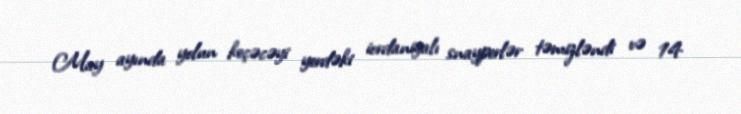
May ayında yolun keçəcəyi yerdəki iordaniyalı snayperlər təmizləndi və 14